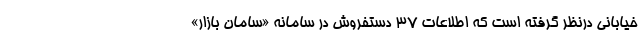
خیابانی درنظر گرفته است که اطلاعات ۳۷ دستفروش در سامانه «سامان بازار»